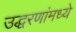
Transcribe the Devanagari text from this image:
उद्धरणांमध्ये